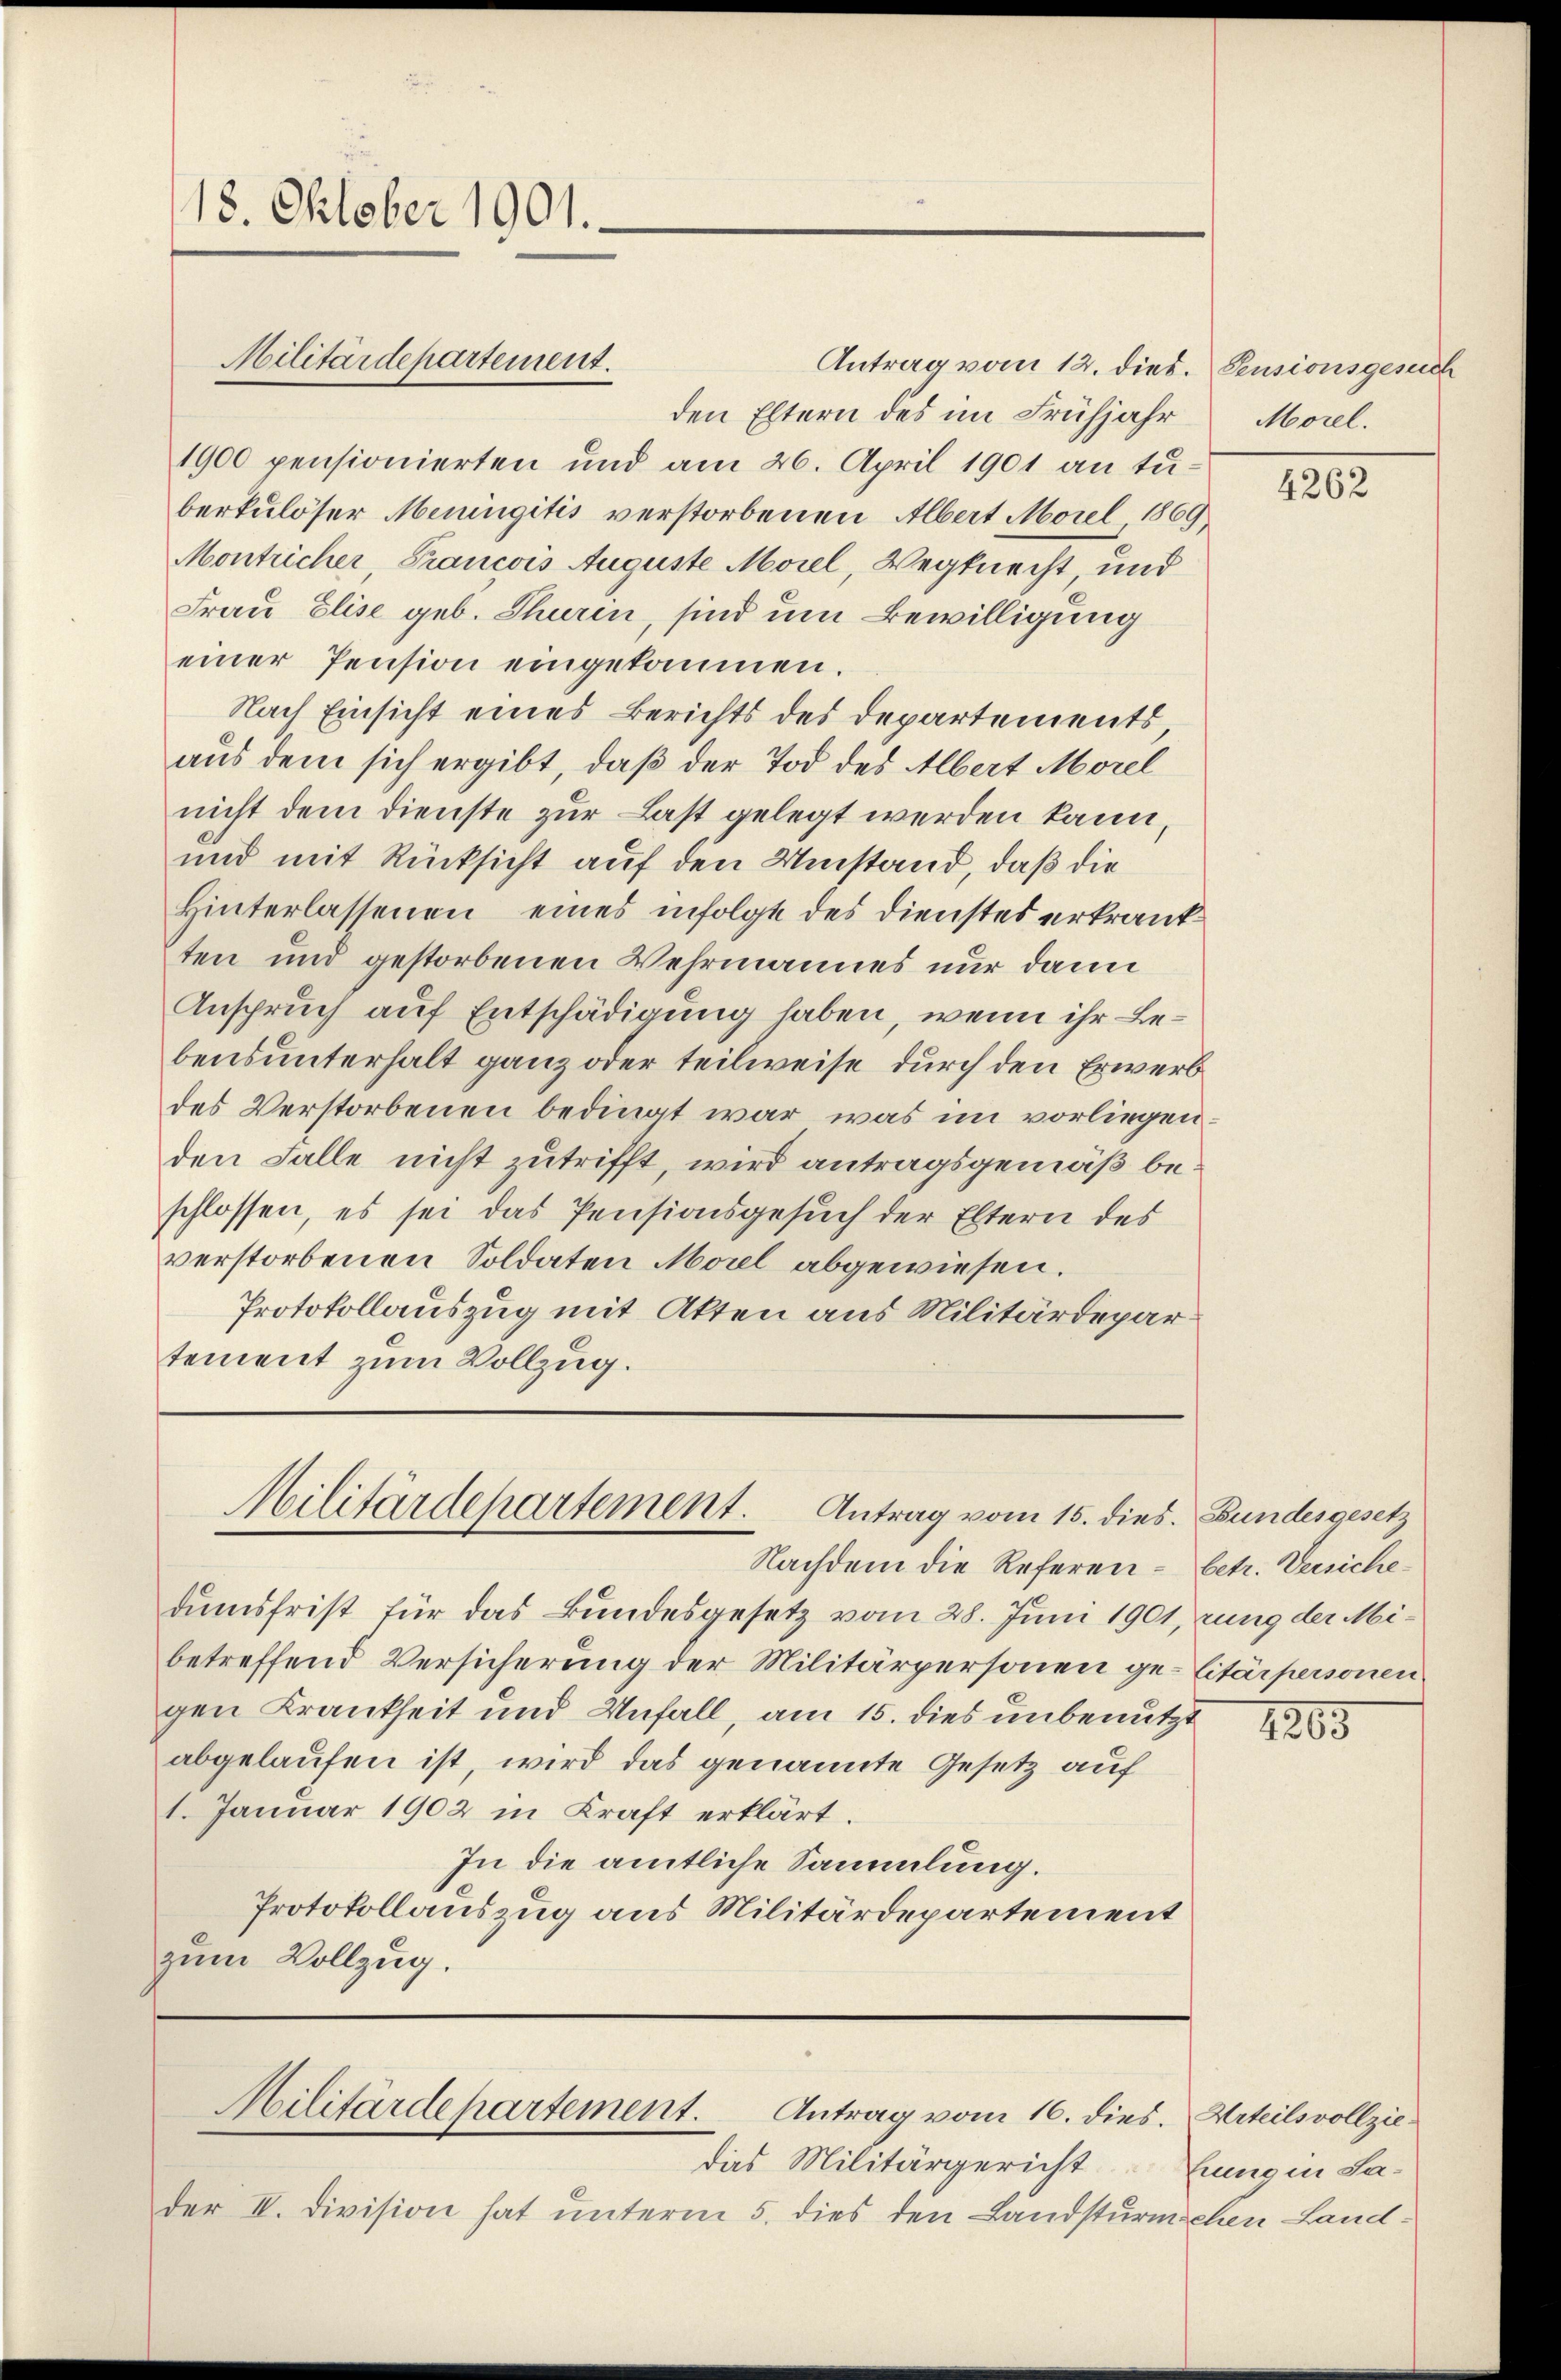
18. Oktober 1901.

Militärdepartement.

Antrag vom 12. dies. Pensionsgesuch
den Eltern des im Frühjahr
1900 pensionierten und am 26. April 1901 an tu-
berkulöser Meningitis verstorbenen Albert Morel 1869
Montricher, Francois Auguste Morel, Wegknecht, und
Frau Elise geb. Thuren, sind um Bewilligung
einer Pension eingekommen.
Nach Einsicht eines Berichts des Departements
aus dem sich ergibt, daß der Tod des Albert Morel
nicht dem Dienste zur Last gelegt werden kann,
und mit Rücksicht auf den Umstand, daß die
Hinterlassenen eines infolgt des Dienstes erkrankten und gestorbenen Wehrmannes nur dann
Anspruch auf Entschädigung haben, wenn ihr Bebensunterhalt ganz oder teilweise durch den Erwerb
des Verstorbenen bedingt war, was im vorliegenden Falle nicht zutrifft, wird antragsgemäß beschlossen, es sei das Pensionsgesuch der Eltern des
verstorbenen Soldaten Morel abgewiesen.
Protokollauszug mit Akten aus Militärdepar
tement zum Vollzug.

Militärdepartement. Antrag vom 15. dies. Bundesgesetz

dumsfrist für das Bundesgesetz vom 28. Juni 1901, zung der Mibetreffend Versicherung der Militärpersonen ge-Citärpersonen
gen Krankheit und Unfall, am 15. dies unbenutzt
abgelaufen ist, wird das genannte Gesetz auf
1. Januar 1902 in Kraft erklärt.
In die amtliche Sammlung.
Protokollauszug aus Militärdepartement
zum Vollzug.

Militärdepartement. Antrag vom 16. dies.

Nachdem die Referen - betr. Versiche¬

das Militärgericht
der IV. Division hat unterm 5. dies den Landsturmschen Land¬

Morel.

4262

1265

Urteilsvollziehrung in Sa¬